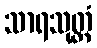
သာရသုတ္တံ